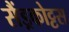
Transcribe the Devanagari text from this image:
सैंड्रकोट्टस